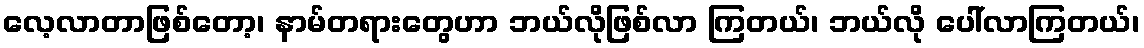
လေ့လာတာဖြစ်တော့၊ နာမ်တရားတွေဟာ ဘယ်လိုဖြစ်လာ ကြတယ်၊ ဘယ်လို ပေါ်လာကြတယ်၊